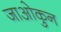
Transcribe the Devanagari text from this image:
जाओकुन